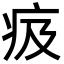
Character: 㽺